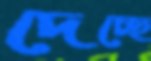
দেচ্ছে